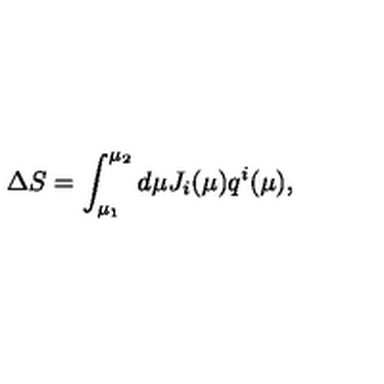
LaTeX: \Delta S = \int _ { \mu _ { 1 } } ^ { \mu _ { 2 } } d \mu J _ { i } ( \mu ) q ^ { i } ( \mu ) ,